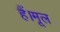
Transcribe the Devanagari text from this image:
हैं।मूल